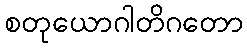
စတုယောဂါတိဂတော